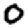
Digit: 0